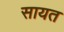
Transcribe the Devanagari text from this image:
सायत